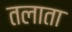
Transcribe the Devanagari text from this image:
तलाता